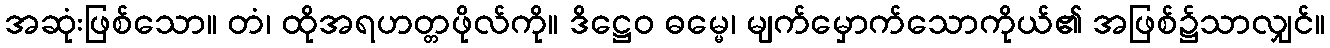
အဆုံးဖြစ်သော။ တံ၊ ထိုအရဟတ္တဖိုလ်ကို။ ဒိဋ္ဌေဝ ဓမ္မေ၊ မျက်မှောက်သောကိုယ်၏ အဖြစ်၌သာလျှင်။